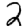
Digit: 2